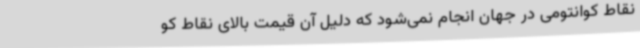
نقاط کوانتومی در جهان انجام نمی‌شود که دلیل آن قیمت بالای نقاط کو